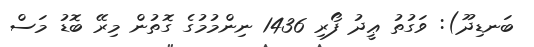
ބަނޑިދޫ): ވަގުތު ޢީދު ފޯރި 1436 ނިންމުމުގެ ގޮތުން މިރޭ ބޮޑު މަސް